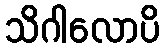
သိဂါလောပိ